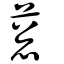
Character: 葱